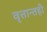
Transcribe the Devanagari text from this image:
वृत्तान्तही